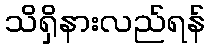
သိရှိနားလည်ရန်